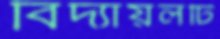
বিদ্যায়লটি